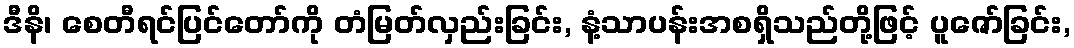
ဒီနိ၊ စေတီရင်ပြင်တော်ကို တံမြတ်လှည်းခြင်း, နံ့သာပန်းအစရှိသည်တို့ဖြင့် ပူဇော်ခြင်း,